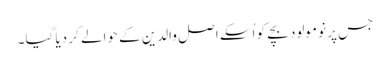
جس پر نومولود بچے کو اُسکے اصل والدین کے حوالے کر دیا گیا۔